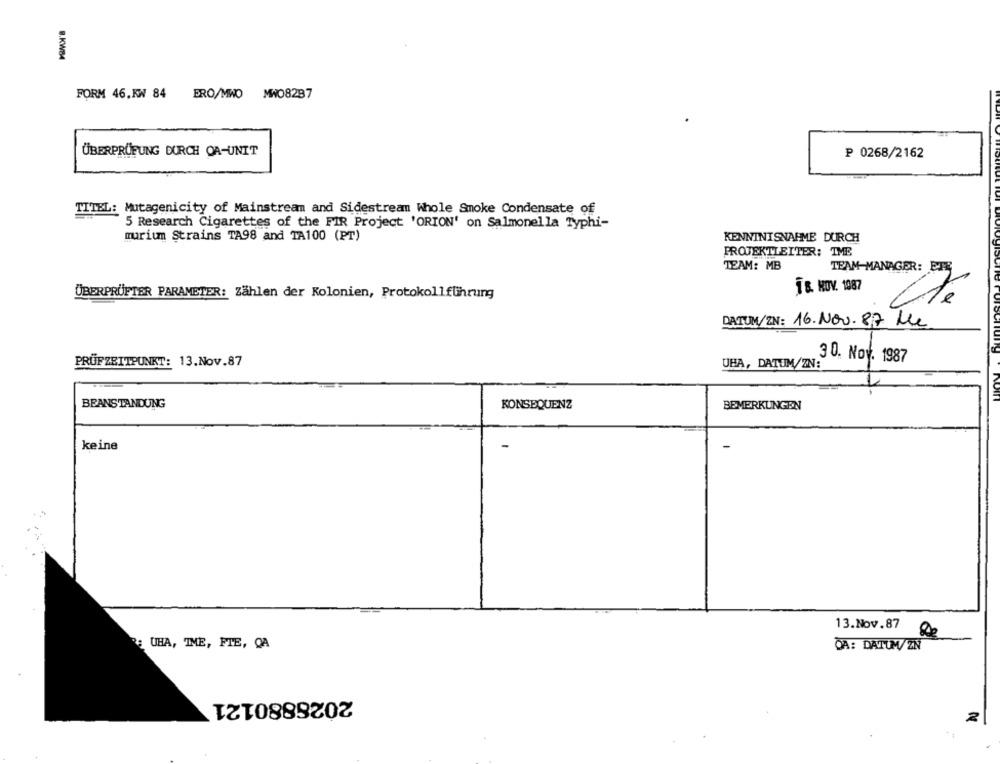
8.KWB4
FORM 46.KW 84 ERO/MWO MW08287
ÜBERPRÜFUNG DURCH OA-UNIT
₱ 0268/2162
TITEL: Mutagenicity of Mainstream and Sidestream Whole Smoke Condensate of
5 Research Cigarettes of the FIR Project 'ORION' on Salmonella Typhi-
murium Strains TA98 and TA100 (PT)
KENNTNISNAHME DURCH
PROJEKTLEITER: TME
TEAM: MB
TEAM-MANAGER: ET5
TB. NOV. 1087
ÜBERPRÜFTER PARAMETER: Zählen der Kolonien, Protokollführung
DATUM/ZIN: 16.Nov.87 le
30. Nov. 1987
PRÜFZEITPUNKT: 13.Nov.87
UHA, DATUM/ZN:
BEANSTANDUNG
KONSEQUENZ
BEMERKUNGEN
keine
13.Nov.87
UHA, TME, FTE, QA
DA: DAUM/ZN
2028880121
2